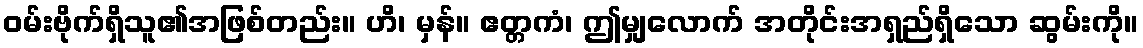
ဝမ်းဗိုက်ရှိသူ၏အဖြစ်တည်း။ ဟိ၊ မှန်။ ဧတ္တကံ၊ ဤမျှလောက် အတိုင်းအရှည်ရှိသော ဆွမ်းကို။